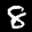
Label: 8